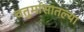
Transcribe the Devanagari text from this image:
चतुर्मासातल्या